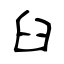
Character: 臼